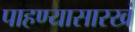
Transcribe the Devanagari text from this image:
पाहण्यासारखं